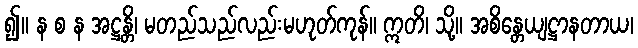
၍။ န စ န အဋ္ဌန္တိ၊ မတည်သည်လည်းမဟုတ်ကုန်။ ဣတိ၊ သို့။ အစိန္တေယျဋ္ဌာနတာယ၊